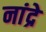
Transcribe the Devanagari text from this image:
नांद्रे